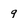
Character: 9